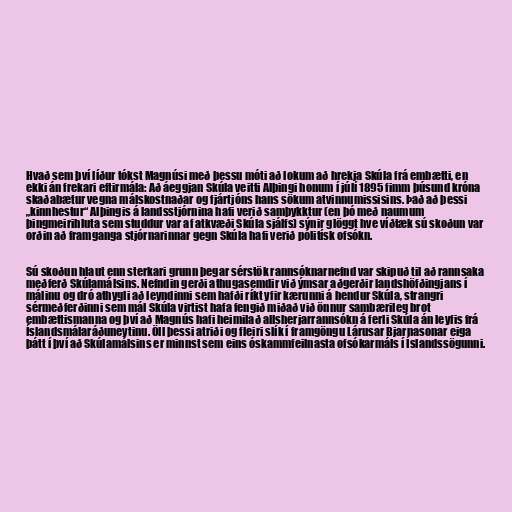
Hvað sem því líður tókst Magnúsi með þessu móti að lokum að hrekja Skúla frá embætti, en
ekki án frekari eftirmála: Að áeggjan Skúla veitti Alþingi honum í júlí 1895 fimm þúsund króna
skaðabætur vegna málskostnaðar og fjártjóns hans sökum atvinnumissisins. Það að þessi
„kinnhestur“ Alþingis á landsstjórnina hafi verið samþykktur (en þó með naumum
þingmeirihluta sem studdur var af atkvæði Skúla sjálfs) sýnir glöggt hve víðtæk sú skoðun var
orðin að framganga stjórnarinnar gegn Skúla hafi verið pólitísk ofsókn.

Sú skoðun hlaut enn sterkari grunn þegar sérstök rannsóknarnefnd var skipuð til að rannsaka
meðferð Skúlamálsins. Nefndin gerði athugasemdir við ýmsar aðgerðir landshöfðingjans í
málinu og dró athygli að leyndinni sem hafði ríkt yfir kærunni á hendur Skúla, strangri
sérmeðferðinni sem mál Skúla virtist hafa fengið miðað við önnur sambærileg brot
embættismanna og því að Magnús hafi heimilað allsherjarrannsókn á ferli Skúla án leyfis frá
Íslandsmálaráðuneytinu. Öll þessi atriði og fleiri slík í framgöngu Lárusar Bjarnasonar eiga
þátt í því að Skúlamálsins er minnst sem eins óskammfeilnasta ofsókarmáls í Íslandssögunni.